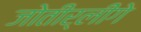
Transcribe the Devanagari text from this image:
जोतीर्लींगे